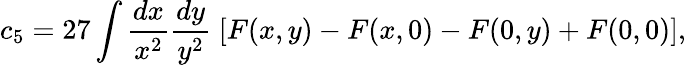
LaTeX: c_{5}=27\int\frac{dx}{x^{2}}\frac{dy}{y^{2}}\; \left[F(x,y)-F(x,0)-F(0,y)+F(0,0)\right],